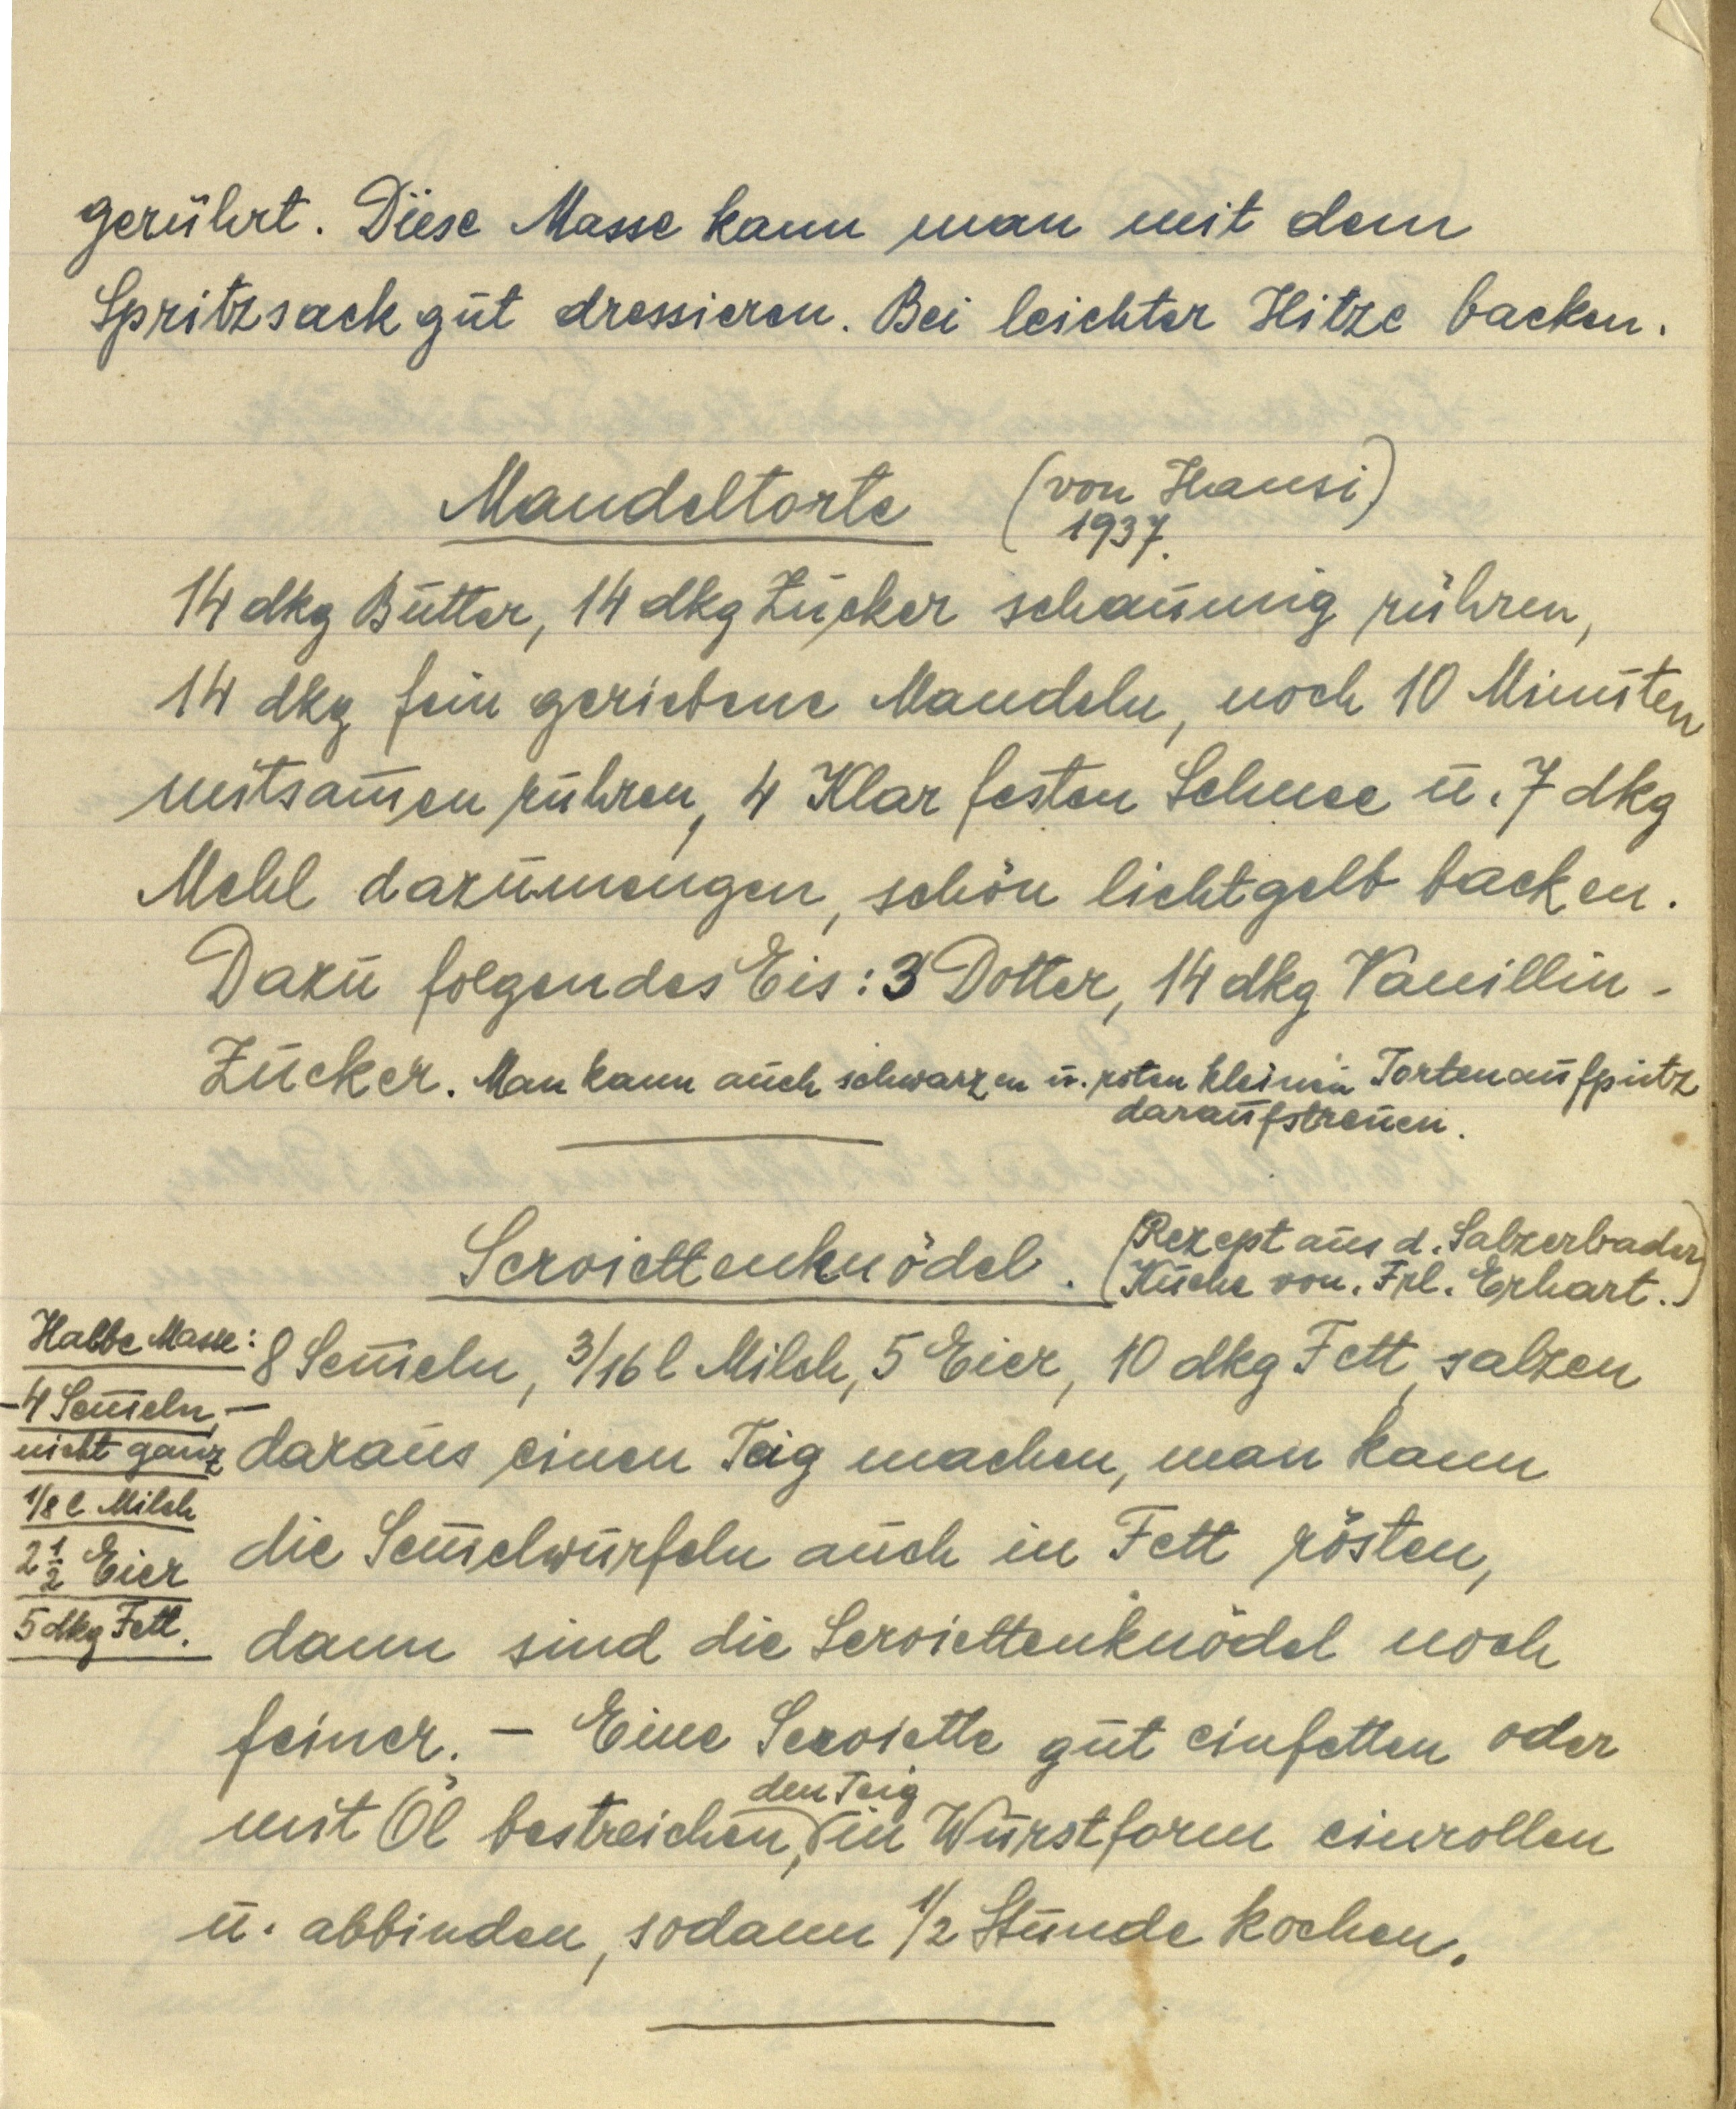
gerührt. Diese Masse kann man mit dem
Spritzsack gut dressieren. Bei leichter Hitze backen.

Mandeltorte
(von Hansi
1937.)
14 dkg Butter, 14 dkg Zucker schaumig rühren,
14 dkg fein geriebene Mandeln, noch 10 Minuten
mitsammen rühren, 4 Klar festen Schnee u. 7 dkg
Mehl dazumengen, schön lichtgelb backen.
Dazu folgendes Eis: 3 Dotter, 14 dkg Vanillin¬
Zucker. Man kann auch schwarzen u. roten kleinen Tortenaufputz
daraufstreuen.

Serviettenknödel.
(Rezept aus d. Salzerbader
Küche von. Frl. Erhart.)
8 Semmeln, 3/16 l Milch, 5 Eier, 10 dkg Fett, salzen
daraus einen Teig machen, man kann
die Semmelwürfeln auch in Fett rösten,
dann sind die Serviettenknödel noch
feiner. — Eine Serviette gut einfetten oder
den Teig
mit Öl bestreichen, in Wurstform einrollen
u. abbinden, sodann ½ Stunde kochen.

Halbe Masse:
— 4 Semmeln, —
nicht ganz
⅛ l Milch
2 ½ Eier
5 dkg Fett.